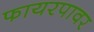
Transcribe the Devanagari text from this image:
फायरपावर